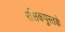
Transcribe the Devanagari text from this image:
रसिकपुस्तके